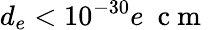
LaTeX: d_{e}<10^{-30}e~\mathrm{~c~m~}